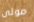
مولى